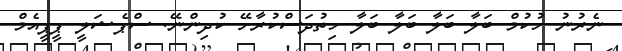
ނެރުނު ހުކުމް ބަލާ ބަލާ ބަލާ ބަލާ ހިތުދަސްކުރާށޭ ކުދިންނޭ. ސްޕެޝަލީ ޕީޕީއެމް